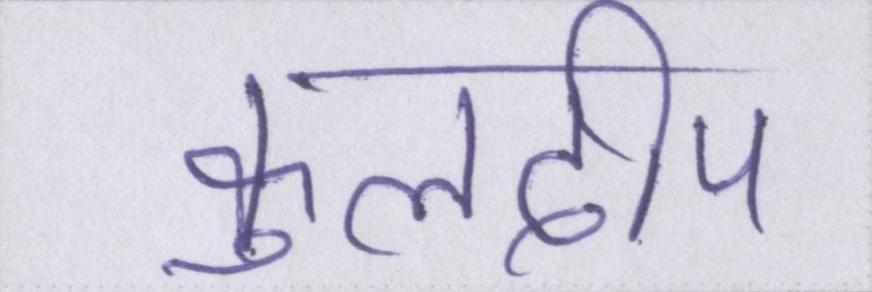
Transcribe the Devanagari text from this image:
कुलदीप